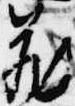
蔵